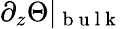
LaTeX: \partial_{z}\Theta\vert_{\mathrm{~b~u~l~k~}}